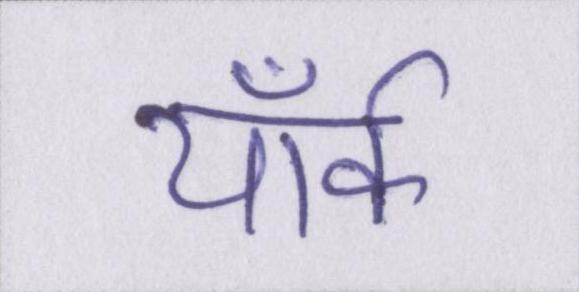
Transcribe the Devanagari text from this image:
यॉर्क